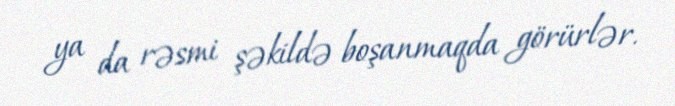
ya da rəsmi şəkildə boşanmaqda görürlər.